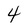
Character: 4